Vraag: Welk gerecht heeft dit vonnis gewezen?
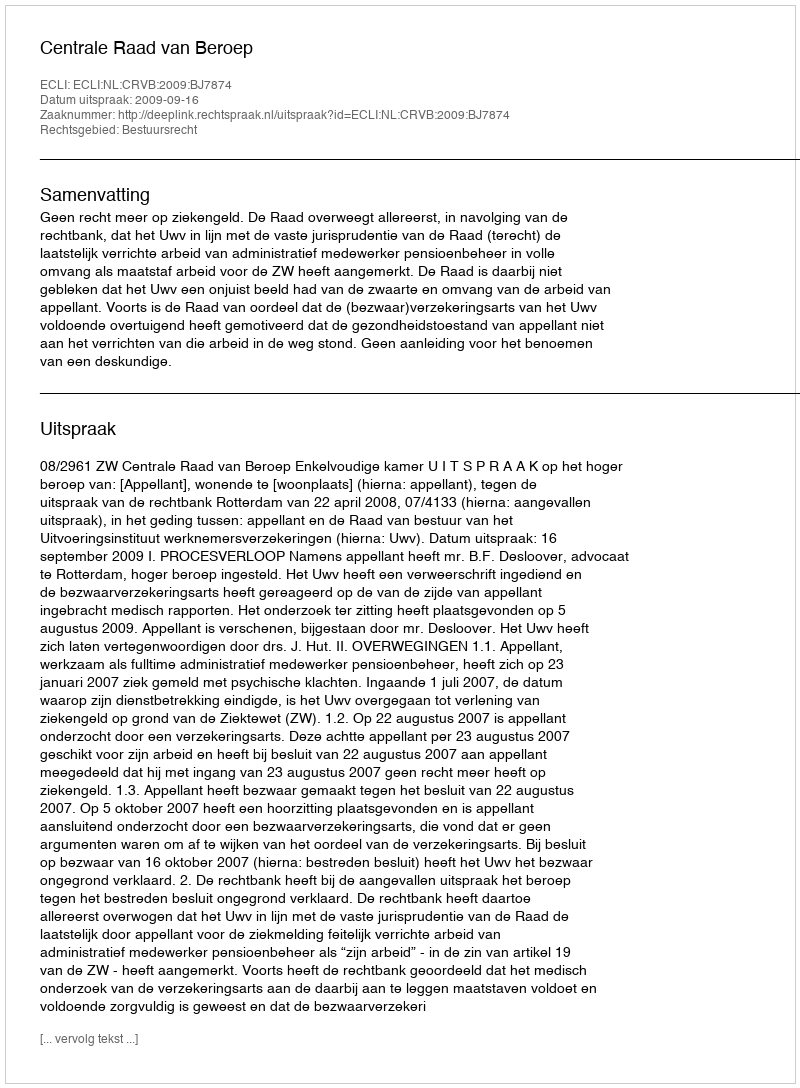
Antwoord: Centrale Raad van Beroep